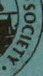
SOCIETY